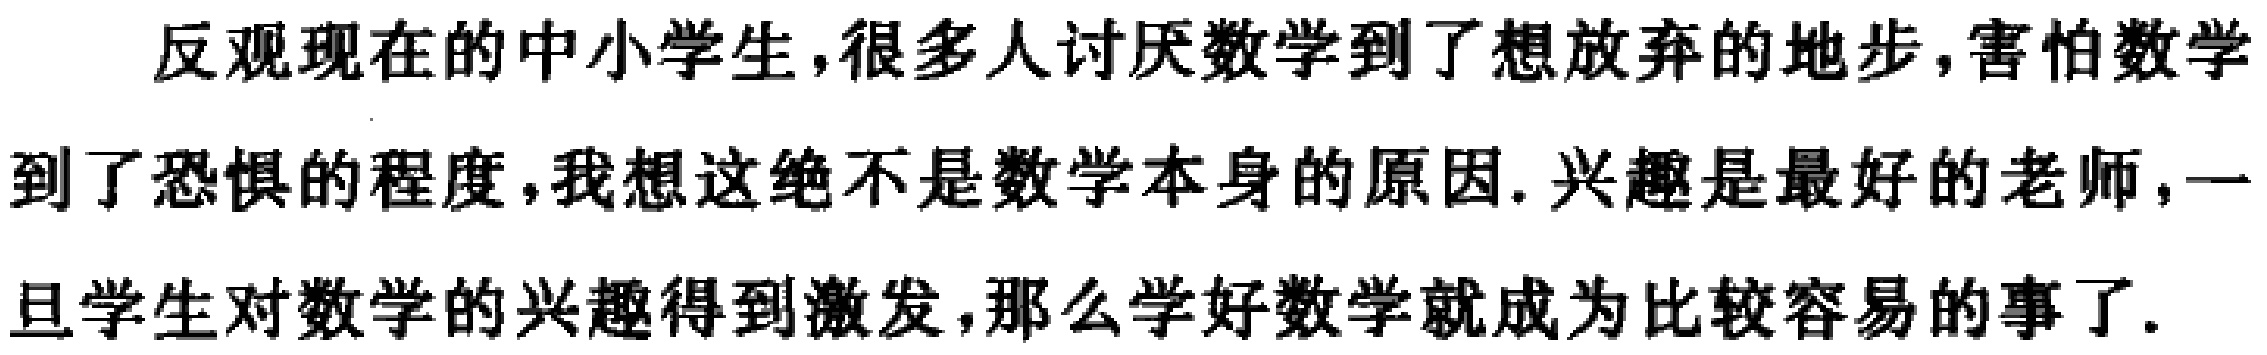
反观现在的中小学生,很多人讨厌数学到了想放弃的地步,害怕数学到了恐惧的程度,我想这绝不是数学本身的原因. 兴趣是最好的老师,一旦学生对数学的兴趣得到激发,那么学好数学就成为比较容易的事了.